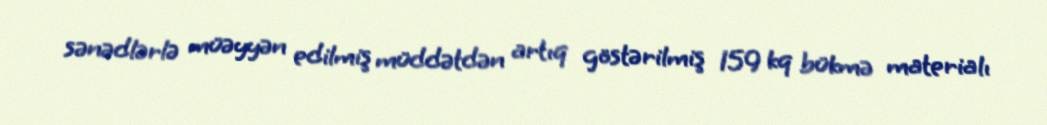
sənədlərlə müəyyən edilmiş müddətdən artıq göstərilmiş 159 kq bükmə materialı